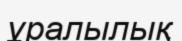
ұралылық